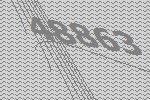
48863